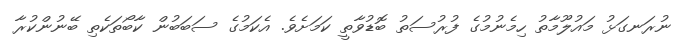
ނުރަނގަޅު މައުލޫމާތު ހިމެނުމުގެ ފުރުސަތު ބޮޑުވާތީ ކަމަށެވެ. އެކަމުގެ ސަބަބުން ކާބޯތަކެތި ބޭނުންކުރާ